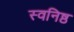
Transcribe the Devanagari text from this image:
स्वनिष्ठ